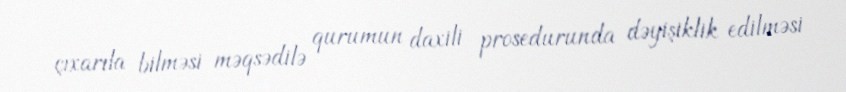
çıxarıla bilməsi məqsədilə qurumun daxili prosedurunda dəyişiklik edilməsi